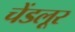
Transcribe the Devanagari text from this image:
चेंडलूर